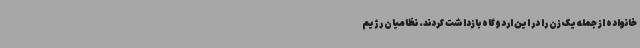
خانواده از جمله یک زن را در این اردوگاه بازداشت کردند. نظامیان رژیم